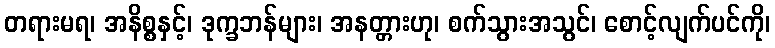
တရားမရ၊ အနိစ္စနှင့်၊ ဒုက္ခဘန်များ၊ အနတ္တားဟု၊ စက်သွားအသွင်၊ စောင့်လျက်ပင်ကို၊